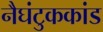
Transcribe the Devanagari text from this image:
नैघंटुककांड